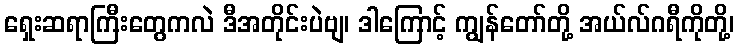
ရှေးဆရာကြီးတွေကလဲ ဒီအတိုင်းပဲဗျ၊ ဒါကြောင့် ကျွန်တော်တို့ အယ်လ်ဂရီကိုတို့၊